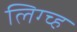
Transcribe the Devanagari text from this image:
लिग्च्ह